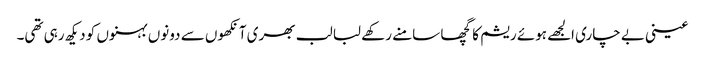
عینی بے چاری الجھے ہوئے ریشم کا گچھا سامنے رکھے لبا لب بھری آنکھوں سے دونوں بہنوں کو دیکھ رہی تھی۔